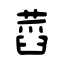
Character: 蓞